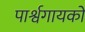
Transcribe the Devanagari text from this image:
पार्श्वगायकों